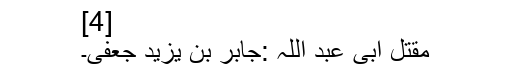
[4]
مقتل ابی عبد اللہ :جابر بن یزید جعفی۔